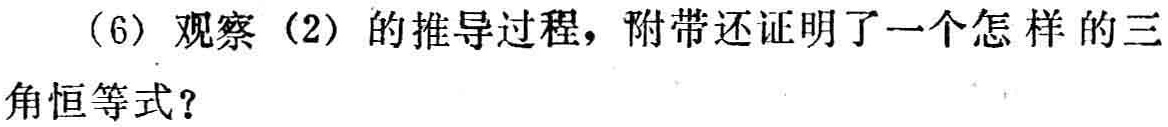
(6) 观察 (2) 的推导过程，附带还证明了一个怎样的三角恒等式？